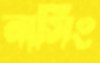
নার্সিং